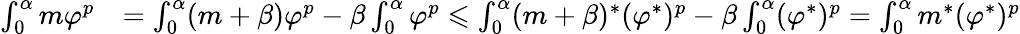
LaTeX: \begin{array}{rl}{\int_{0}^{\alpha}m\varphi^{p}}&{=\int_{0}^{\alpha}(m+\beta)\varphi^{p}-\beta\int_{0}^{\alpha}\varphi^{p}\leqslant\int_{0}^{\alpha}(m+\beta)^{*}(\varphi^{*})^{p}-\beta\int_{0}^{\alpha}(\varphi^{*})^{p}=\int_{0}^{\alpha}m^{*}(\varphi^{*})^{p}}\end{array}